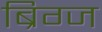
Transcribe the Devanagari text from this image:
ब्रिग्ज